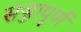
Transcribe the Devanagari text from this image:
सज्जापूर्ण